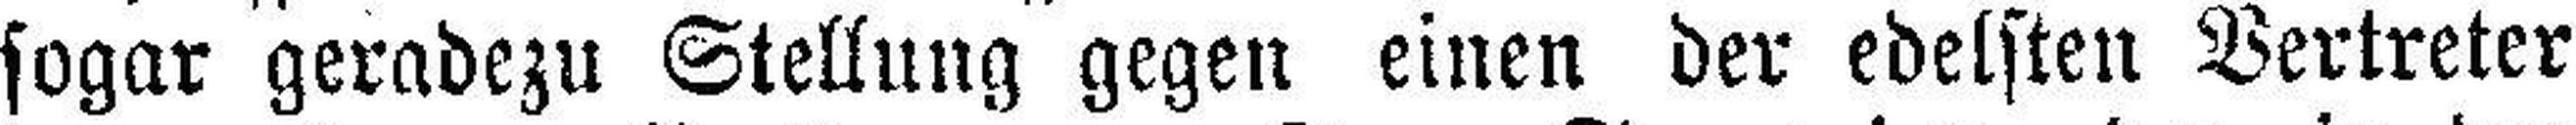
sogar geradezu Stellung gegen einen der edelsten Vertreter